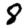
Digit: 8